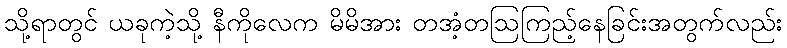
သို့ရာတွင် ယခုကဲ့သို့ နီကိုလေက မိမိအား တအံ့တဩကြည့်နေခြင်းအတွက်လည်း